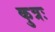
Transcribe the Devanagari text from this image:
कुत्रः